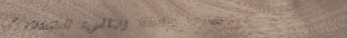
صالون حلاقة رجالي: قصات أ